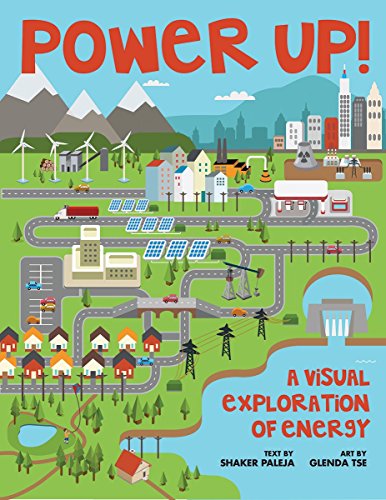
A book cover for Power Up!: A Visual Exploration of Energy; Shaker Paleja; Children's Books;